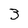
Character: 3